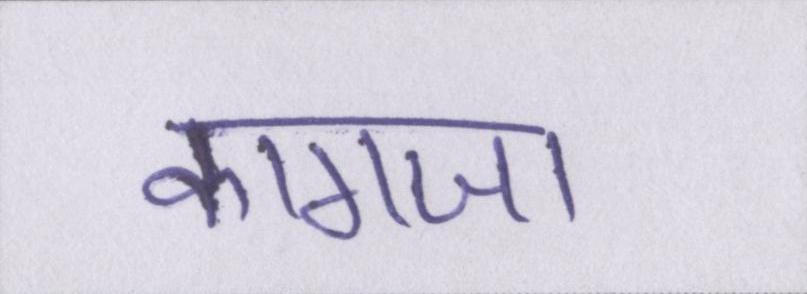
कागजा